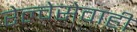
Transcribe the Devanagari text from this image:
रेल्वेसेवाही